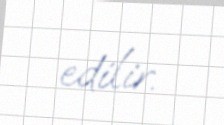
edilir.